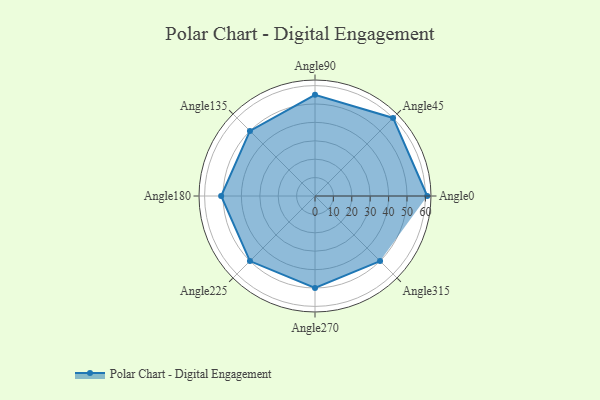
{"axis": {"x": "Angle", "y": "Radius"}, "legend": [""], "data": [{"x": "Angle0", "y": 61.0, "type": ""}, {"x": "Angle45", "y": 60.0, "type": ""}, {"x": "Angle90", "y": 55.0, "type": ""}, {"x": "Angle135", "y": 50, "type": ""}, {"x": "Angle180", "y": 51.0, "type": ""}, {"x": "Angle225", "y": 50, "type": ""}, {"x": "Angle270", "y": 50, "type": ""}, {"x": "Angle315", "y": 50, "type": ""}]}